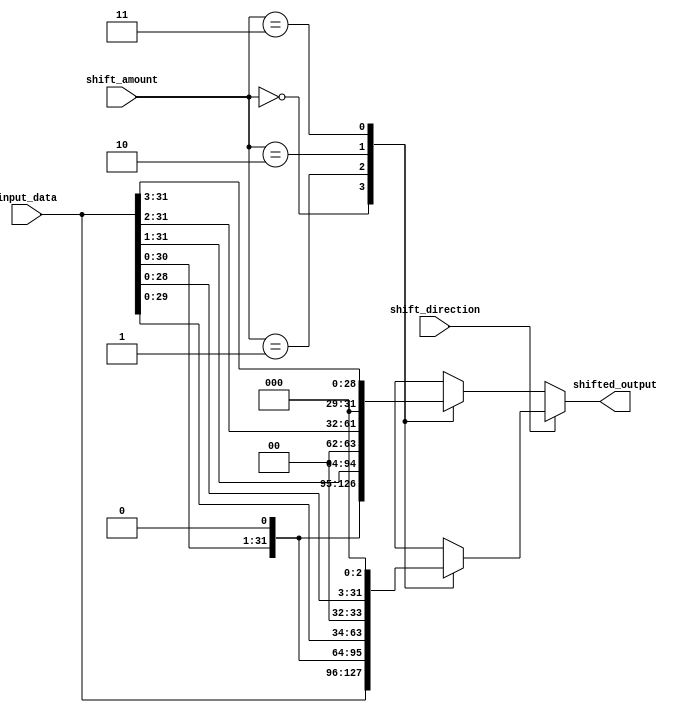
module BarrelShifter (
    input [31:0] input_data,
    input [1:0] shift_amount,
    input shift_direction,
    output reg [31:0] shifted_output
);

always @(*) begin
    if (shift_direction == 1'b0) begin // shift right
        case(shift_amount)
            2'b00: shifted_output = input_data;
            2'b01: shifted_output = input_data >> 1;
            2'b10: shifted_output = input_data >> 2;
            2'b11: shifted_output = input_data >> 3;
        endcase
    end
    else begin // shift left
        case(shift_amount)
            2'b00: shifted_output = input_data;
            2'b01: shifted_output = input_data << 1;
            2'b10: shifted_output = input_data << 2;
            2'b11: shifted_output = input_data << 3;
        endcase
    end
end

endmodule